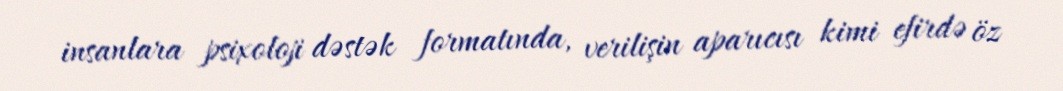
insanlara psixoloji dəstək formatında, verilişin aparıcısı kimi efirdə öz